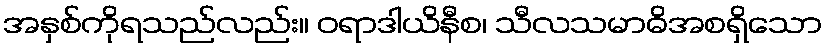
အနှစ်ကိုရသည်လည်း။ ဝရာဒါယိနီစ၊ သီလသမာဓိအစရှိသော